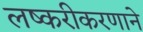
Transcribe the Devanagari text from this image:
लष्करीकरणाने